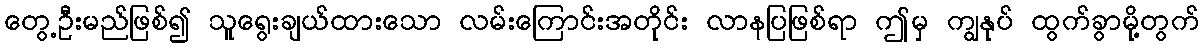
တွေ့ဦးမည်ဖြစ်၍ သူရွေးချယ်ထားသော လမ်းကြောင်းအတိုင်း လာနပြဖြစ်ရာ ဤမှ ကျွနုပ် ထွက်ခွာမို့တွက်